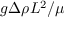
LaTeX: g \Delta \rho L ^ { 2 } / \mu